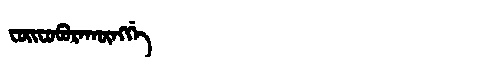
Manchu: ᠸᠣᡳᠸᠣᠪᡠᡵᠠᡴᡡᠩᡤᡝ
Romanization: FOIFOBURAKŪNGGE